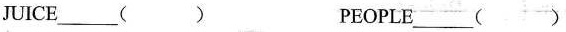
JUICE___( ) PEOPLE___( )